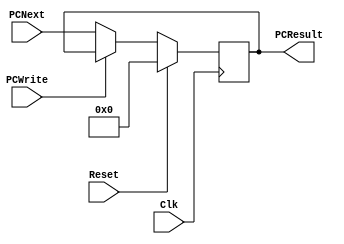
//prevent verilog from declaring undefined variables as wire,
//instead, it throws an error
`default_nettype none

module PC(PCNext, PCResult, Reset, Clk, PCWrite);

	input wire  [31:0]  PCNext;
	input wire          Reset, Clk, PCWrite;

	output reg  [31:0]  PCResult;

    always @(posedge Clk)
    begin
    	if (Reset)
    	begin
    		PCResult <= 32'h00000000;
    	end
    	else
    	begin
			if (!PCWrite) begin
				PCResult <= PCNext;
			end
    	end
    end

/*
	always @(negedge PCWrite) begin
		PCResult <= PCNext;
	end
*/

endmodule